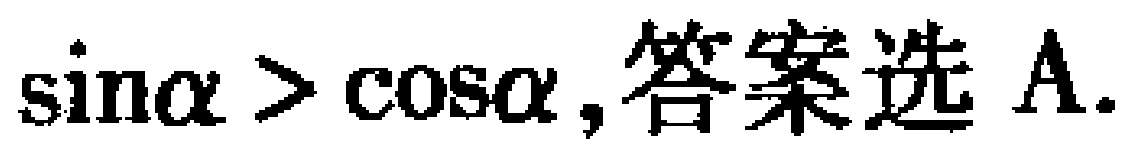
$\sin\alpha > \cos\alpha ,答案选A.$